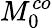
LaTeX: M_{0}^{co}